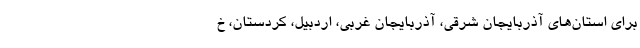
برای استان‌های آذربایجان شرقی، آذربایجان غربی، اردبیل، کردستان، خ